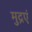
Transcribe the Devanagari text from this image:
मुद्रएं